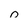
Character: 0